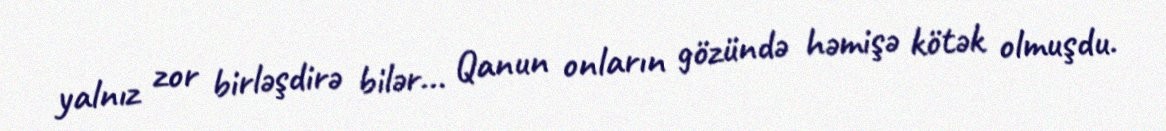
yalnız zor birləşdirə bilər... Qanun onların gözündə həmişə kötək olmuşdu.